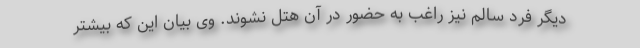
دیگر فرد سالم نیز راغب به حضور در آن هتل نشوند. وی بیان این که بیشتر